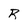
Character: R